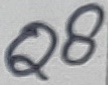
Text: Q8